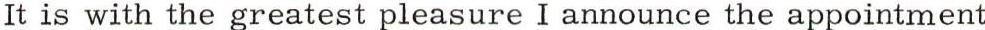
It is with the greatest pleasure I announce the appointment